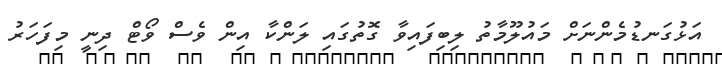
އަޅުގަނޑުމެންނަށް މައުލޫމާތު ލިބިފައިވާ ގޮތުގައި ލަންކާ އިން ވެސް ވޯޓް ދިނީ މިފަހަރު